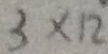
3 \times 1 2